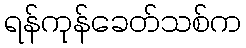
ရန်ကုန်ခေတ်သစ်က